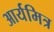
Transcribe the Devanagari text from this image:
आर्यमित्र